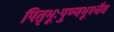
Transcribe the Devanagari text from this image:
पितृभूःपुण्यभूश्चैव